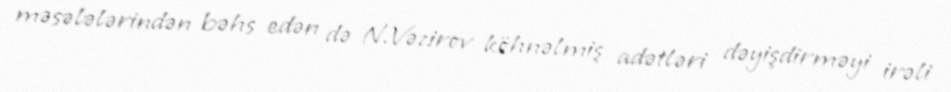
məsələlərindən bəhs edən də N.Vəzirov köhnəlmiş adətləri dəyişdirməyi irəli